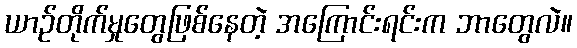
ယာဉ်တိုက်မှုတွေဖြစ်နေတဲ့ အကြောင်းရင်းက ဘာတွေလဲ။